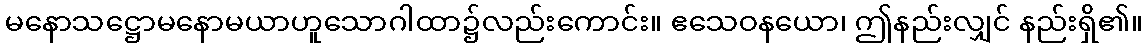
မနောသဋ္ဌောမနောမယာဟူသောဂါထာ၌လည်းကောင်း။ ဧသေဝနယော၊ ဤနည်းလျှင် နည်းရှိ၏။